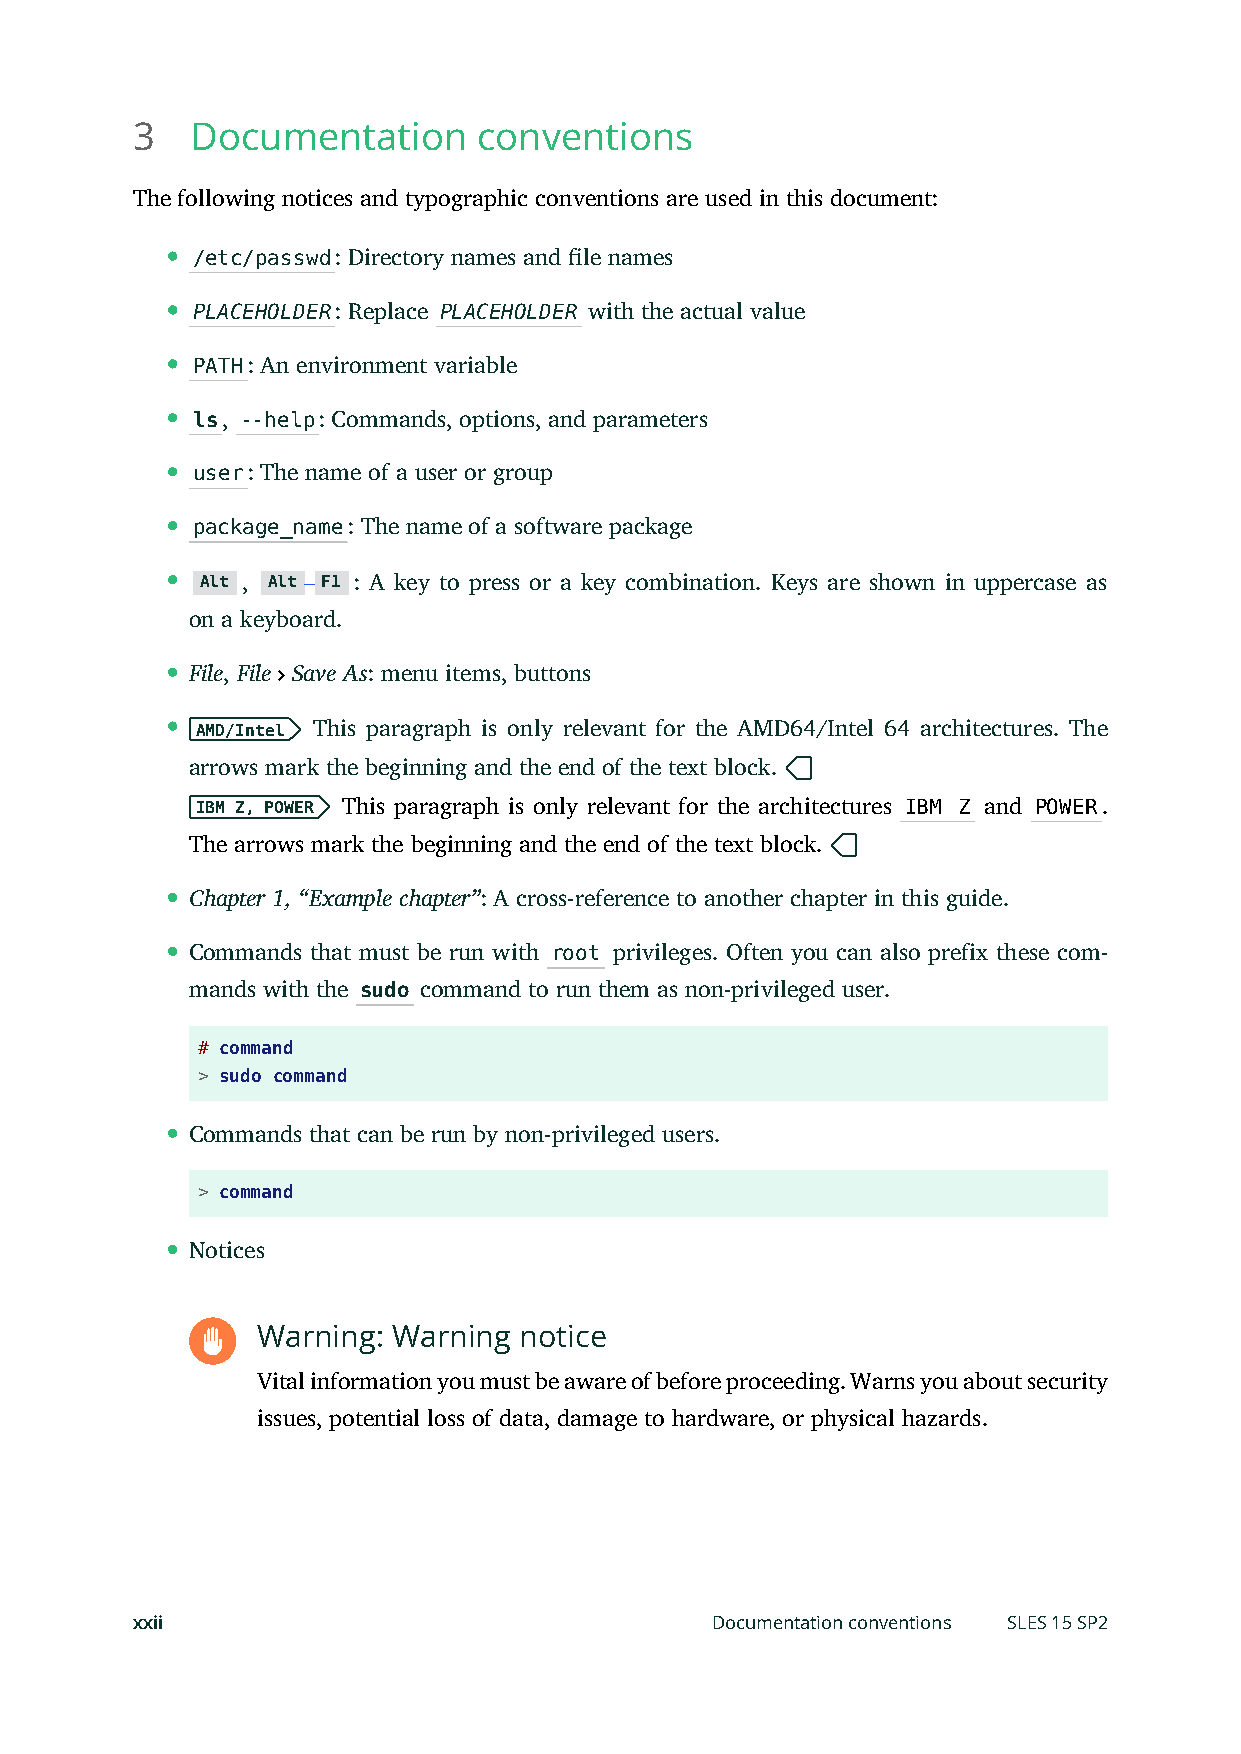
3   Documentation      conventions
 The following notices and typographic conventions are used in this document:
 /etc/passwd: Directory names and le names
 PLACEHOLDER: Replace PLACEHOLDER with the actual value
 PATH: An environment variable
 ls, --help: Commands, options, and parameters
 user: The name of a user or group
 package_name: The name of a software package
 Alt , Alt –F1 : A key to press or a key combination. Keys are shown in uppercase as
 on a keyboard.
 File, File Save As: menu items, buttons
 AMD/Intel This paragraph is only relevant for the AMD64/Intel 64 architectures. The
 arrows mark the beginning and the end of the text block.
 IBM Z, POWER This paragraph is only relevant for the architectures IBM Z and POWER.
 The arrows mark the beginning and the end of the text block.
 Chapter 1, “Example chapter”: A cross-reference to another chapter in this guide.
 Commands that must be run with root privileges. Often you can also prefix these com-
 mands with the sudo command to run them as non-privileged user.
 # command
 > sudo command
 Commands that can be run by non-privileged users.
 > command
 Notices
 Warning: Warning notice
 Vital information you must be aware of before proceeding. Warns you about security
 issues, potential loss of data, damage to hardware, or physical hazards.
 xxii                                  Documentation conventions SLES 15 SP2